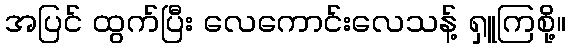
အပြင် ထွက်ပြီး လေကောင်းလေသန့် ရှူကြစို့။